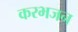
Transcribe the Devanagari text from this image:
करभजन